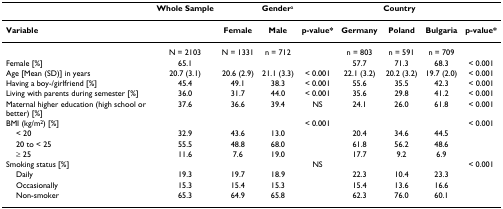
|  | Whole Sample | <COLSPAN=3> Gendera | <COLSPAN=3> Country |  |
 | --- | --- | --- | --- | --- | --- | --- | --- | --- |
 | Variable |  | Female | Male | p-value* | Germany | Poland | Bulgaria | p-value* |
 |  | N = 2103 | N = 1331 | n = 712 |  | n = 803 | n = 591 | n = 709 |  |
 | Female [%] | 65.1 |  |  |  | 57.7 | 71.3 | 68.3 | < 0.001 |
 | Age [Mean (SD)] in years | 20.7 (3.1) | 20.6 (2.9) | 21.1 (3.3) | < 0.001 | 22.1 (3.2) | 20.2 (3.2) | 19.7 (2.0) | < 0.001 |
 | Having a boy-/girlfriend [%] | 45.4 | 49.1 | 38.3 | < 0.001 | 55.6 | 35.5 | 42.3 | < 0.001 |
 | Living with parents during semester [%] | 36.0 | 31.7 | 44.0 | < 0.001 | 35.6 | 29.8 | 41.2 | < 0.001 |
 | Maternal higher education (high school or better) [%] | 37.6 | 36.6 | 39.4 | NS | 24.1 | 26.0 | 61.8 | < 0.001 |
 | BMI (kg/m2) [%] |  |  |  | < 0.001 |  |  |  | < 0.001 |
 | < 20 | 32.9 | 43.6 | 13.0 |  | 20.4 | 34.6 | 44.5 |  |
 | 20 to < 25 | 55.5 | 48.8 | 68.0 |  | 61.8 | 56.2 | 48.6 |  |
 | ≥ 25 | 11.6 | 7.6 | 19.0 |  | 17.7 | 9.2 | 6.9 |  |
 | Smoking status [%] |  |  |  | NS |  |  |  | < 0.001 |
 | Daily | 19.3 | 19.7 | 18.9 |  | 22.3 | 10.4 | 23.3 |  |
 | Occasionally | 15.3 | 15.4 | 15.3 |  | 15.4 | 13.6 | 16.6 |  |
 | Non-smoker | 65.3 | 64.9 | 65.8 |  | 62.3 | 76.0 | 60.1 |  |